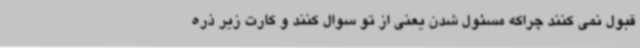
قبول نمی کنند چراکه مسئول شدن یعنی از تو سوال کنند و کارت زیر ذره